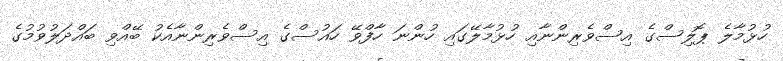
ހުޅުމާލެ ޕޮލިސްގެ އިސްވެރިންނާއި ހުޅުމާލޭގައި ހުންނަ ހާފްވޭ ހައުސްގެ އިސްވެރިންނާއެކު ބޭއްވި ބައްދަލުވުމުގެ